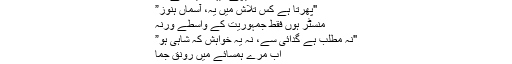
نیچے؛ یہاں دیکھ لے ذرا
"پھرتا ہے کس تلاش میں یہ، آسماں ہنوز”
منسٹر ہوں فقط جمہوریت کے واسطے ورنہ
"نہ مطلب ہے گدائی سے، نہ یہ خواہش کہ شاہی ہو”
اب مرے ہمسائے میں رونق جما
"بس ہجوم یاس!